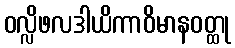
ဝလ္လိဖလဒါယိကာဝိမာနဝတ္ထု